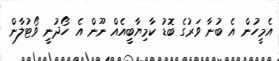
އެމީހުން އެ ބުނާ ވަރުގެ ބޮޑު ކާމިޔާބީއެއް ނޫން އެ ހޯދުނީ ވޯޓުލާން